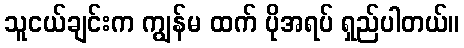
သူငယ်ချင်းက ကျွန်မ ထက် ပိုအရပ် ရှည်ပါတယ်။